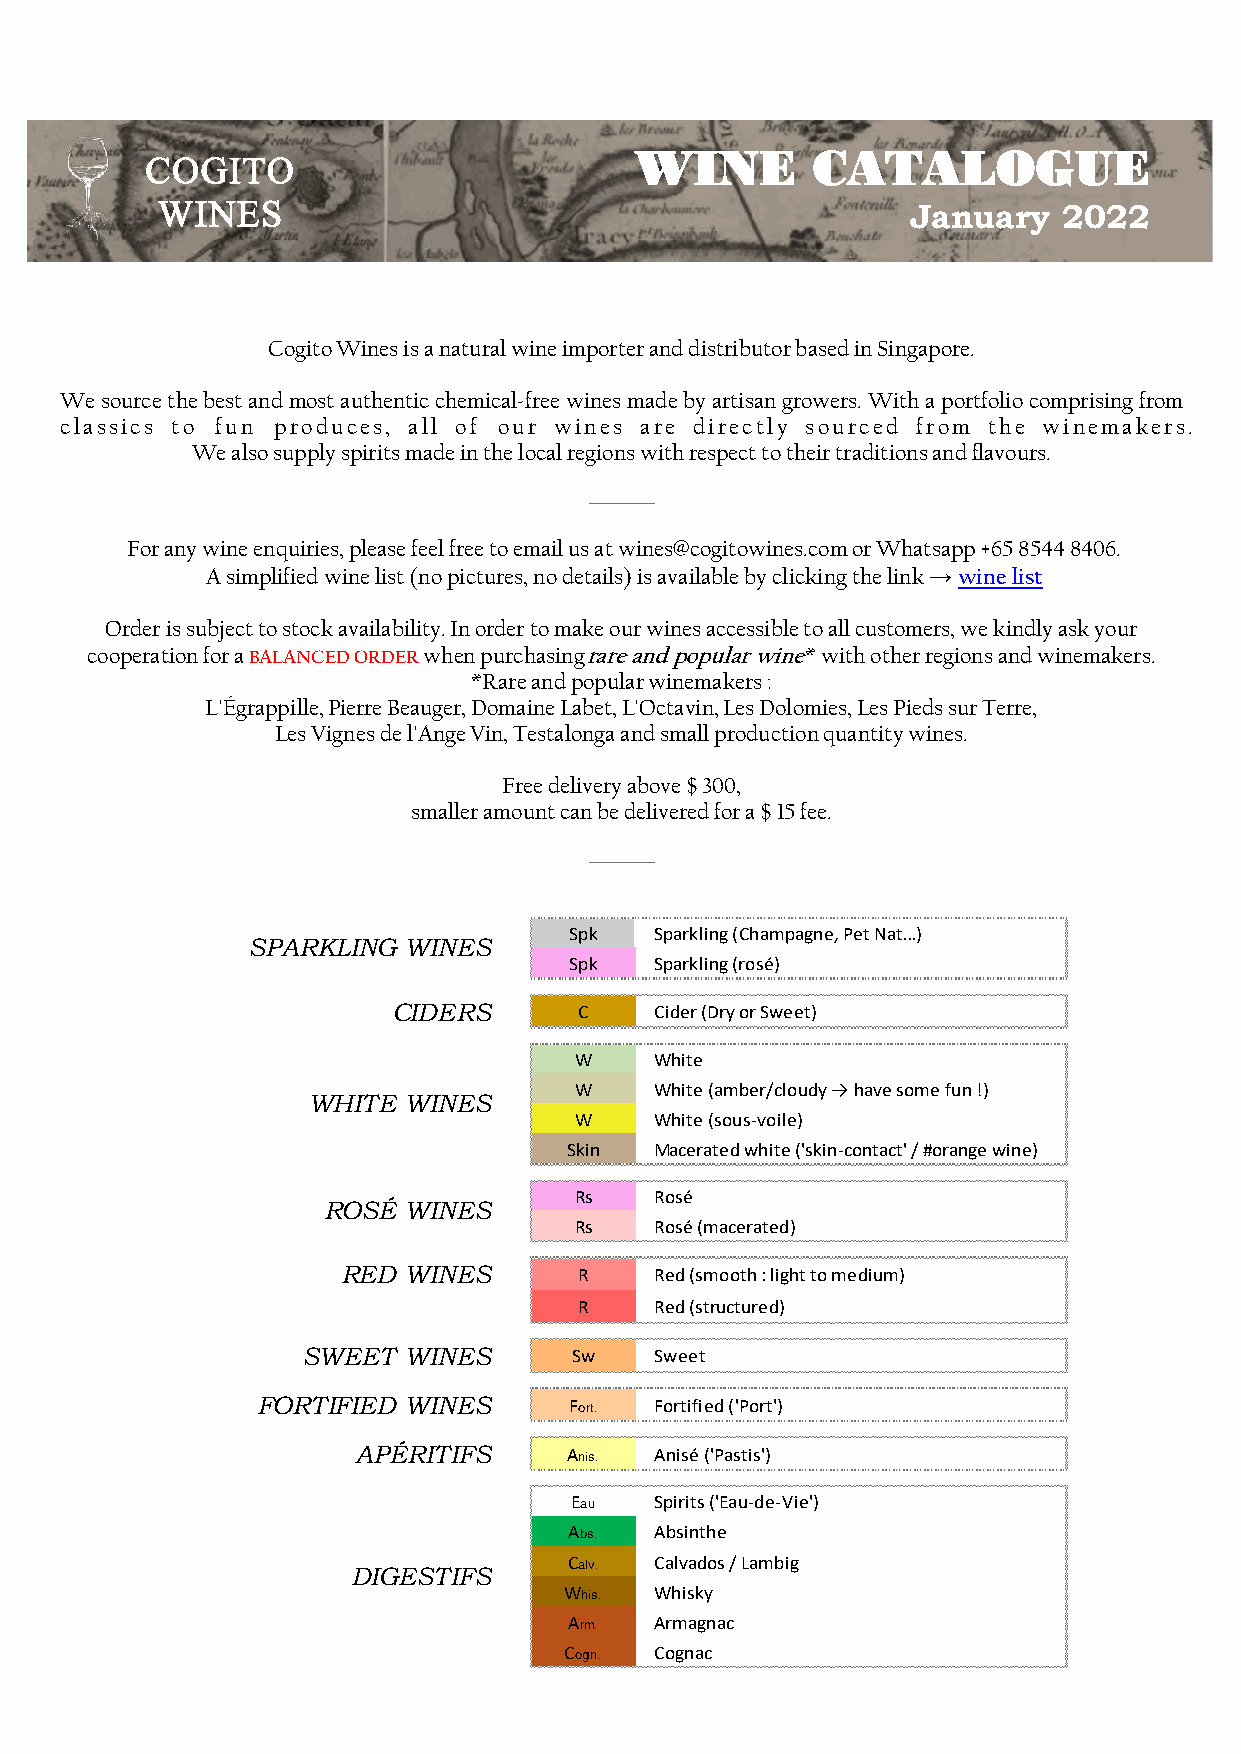
WINE        CATALOGUE
 COGITO
 WINES                                             January   2022
 Cogito Wines is a natural wine importer and distributor based in Singapore.
 We source the best and most authentic chemical-free wines made by artisan growers. With a portfolio comprising from
 c l a s s i c s to fun p r o d u c e s , a l l of o u r w i n e s a r e d i r e c t l y s o u r c e d f r o m t h e w i n e m a k e r s .
 We also supply spirits made in the local regions with respect to their traditions and flavours.
 ______
 For any wine enquiries, please feel free to email us at wines@cogitowines.com or Whatsapp +65 8544 8406.
 A simplified wine list (no pictures, no details) is available by clicking the link → wine list
 Order is subject to stock availability. In order to make our wines accessible to all customers, we kindly ask your
 cooperation for a BALANCED ORDER when purchasingrare and popular wine* with other regions and winemakers.
 *Rare and popular winemakers :
 L'Égrappille, Pierre Beauger, Domaine Labet, L'Octavin, Les Dolomies, Les Pieds sur Terre,
 Les Vignes de l'Ange Vin, Testalonga and small production quantity wines.
 Free delivery above $ 300,
 smaller amount can be delivered for a $ 15 fee.
 ______
 Spk  Sparkling (Champagne, Pet Nat…)
 SPARKLING  WINES
 Spk  Sparkling (rosé)
 CIDERS      C    Cider (Dry or Sweet)
 W    White
 W    White (amber/cloudy → have some fun !)
 WHITE  WINES
 W    White (sous-voile)
 Skin  Macerated white ('skin-contact' / #orange wine)
 Rs   Rosé
 ROSÉ  WINES
 Rs   Rosé (macerated)
 RED WINES      R    Red (smooth : light to medium)
 R    Red (structured)
 SWEET  WINES      Sw   Sweet
 FORTIFIED WINES      Fort. Fortified ('Port')
 APÉRITIFS     Anis. Anisé ('Pastis')
 Eau  Spirits ('Eau-de-Vie')
 Abs. Absinthe
 Calv. Calvados / Lambig
 DIGESTIFS
 Whis. Whisky
 Arm. Armagnac
 Cogn. Cognac